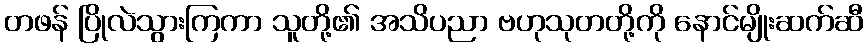
တဖန် ပြိုလဲသွားကြကာ သူတို့၏ အသိပညာ ဗဟုသုတတို့ကို နောင်မျိုးဆက်ဆီ